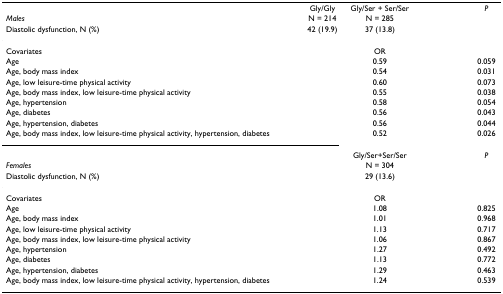
<table><thead><tr><td>[EMPTY_CELL]</td><td><b>Gly/Gly</b></td><td><b>Gly/Ser + Ser/Ser</b></td><td>[EMPTY_CELL]</td><td><b><i>P</i></b></td></tr><tr><td><b><i>Males</i></b></td><td><b>N = 214</b></td><td><b>N = 285</b></td><td>[EMPTY_CELL]</td><td>[EMPTY_CELL]</td></tr><tr><td><b>Diastolic dysfunction, N (%)</b></td><td><b>42 (19.9)</b></td><td><b>37 (13.8)</b></td><td>[EMPTY_CELL]</td><td>[EMPTY_CELL]</td></tr></thead><tbody><tr><td>Covariates</td><td>[EMPTY_CELL]</td><td>OR</td><td>[EMPTY_CELL]</td><td>[EMPTY_CELL]</td></tr><tr><td>Age</td><td>[EMPTY_CELL]</td><td>0.59</td><td>[EMPTY_CELL]</td><td>0.059</td></tr><tr><td>Age, body mass index</td><td>[EMPTY_CELL]</td><td>0.54</td><td>[EMPTY_CELL]</td><td>0.031</td></tr><tr><td>Age, low leisure-time physical activity</td><td>[EMPTY_CELL]</td><td>0.60</td><td>[EMPTY_CELL]</td><td>0.073</td></tr><tr><td>Age, body mass index, low leisure-time physical activity</td><td>[EMPTY_CELL]</td><td>0.55</td><td>[EMPTY_CELL]</td><td>0.038</td></tr><tr><td>Age, hypertension</td><td>[EMPTY_CELL]</td><td>0.58</td><td>[EMPTY_CELL]</td><td>0.054</td></tr><tr><td>Age, diabetes</td><td>[EMPTY_CELL]</td><td>0.56</td><td>[EMPTY_CELL]</td><td>0.043</td></tr><tr><td>Age, hypertension, diabetes</td><td>[EMPTY_CELL]</td><td>0.56</td><td>[EMPTY_CELL]</td><td>0.044</td></tr><tr><td>Age, body mass index, low leisure-time physical activity, hypertension, diabetes</td><td>[EMPTY_CELL]</td><td>0.52</td><td>[EMPTY_CELL]</td><td>0.026</td></tr><tr><td>[EMPTY_CELL]</td><td>[EMPTY_CELL]</td><td>Gly/Ser+Ser/Ser</td><td>[EMPTY_CELL]</td><td><i>P</i></td></tr><tr><td><i>Females</i></td><td>[EMPTY_CELL]</td><td>N = 304</td><td>[EMPTY_CELL]</td><td>[EMPTY_CELL]</td></tr><tr><td>Diastolic dysfunction, N (%)</td><td>[EMPTY_CELL]</td><td>29 (13.6)</td><td>[EMPTY_CELL]</td><td>[EMPTY_CELL]</td></tr><tr><td>Covariates</td><td>[EMPTY_CELL]</td><td>OR</td><td>[EMPTY_CELL]</td><td>[EMPTY_CELL]</td></tr><tr><td>Age</td><td>[EMPTY_CELL]</td><td>1.08</td><td>[EMPTY_CELL]</td><td>0.825</td></tr><tr><td>Age, body mass index</td><td>[EMPTY_CELL]</td><td>1.01</td><td>[EMPTY_CELL]</td><td>0.968</td></tr><tr><td>Age, low leisure-time physical activity</td><td>[EMPTY_CELL]</td><td>1.13</td><td>[EMPTY_CELL]</td><td>0.717</td></tr><tr><td>Age, body mass index, low leisure-time physical activity</td><td>[EMPTY_CELL]</td><td>1.06</td><td>[EMPTY_CELL]</td><td>0.867</td></tr><tr><td>Age, hypertension</td><td>[EMPTY_CELL]</td><td>1.27</td><td>[EMPTY_CELL]</td><td>0.492</td></tr><tr><td>Age, diabetes</td><td>[EMPTY_CELL]</td><td>1.13</td><td>[EMPTY_CELL]</td><td>0.772</td></tr><tr><td>Age, hypertension, diabetes</td><td>[EMPTY_CELL]</td><td>1.29</td><td>[EMPTY_CELL]</td><td>0.463</td></tr><tr><td>Age, body mass index, low leisure-time physical activity, hypertension, diabetes</td><td>[EMPTY_CELL]</td><td>1.24</td><td>[EMPTY_CELL]</td><td>0.539</td></tr></tbody></table>